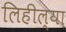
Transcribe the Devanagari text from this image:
लिहील्या